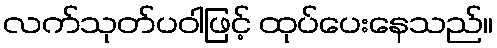
လက်သုတ်ပဝါဖြင့် ထုပ်ပေးနေသည်။